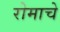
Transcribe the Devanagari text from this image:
रोमाचे